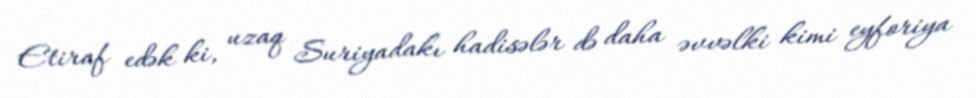
Etiraf edək ki, uzaq Suriyadakı hadisələr də daha əvvəlki kimi eyforiya